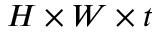
H \times W \times t